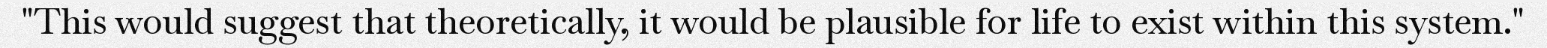
"This would suggest that theoretically, it would be plausible for life to exist within this system."